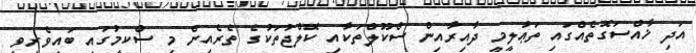
އަދި ޚާއްސަގޮތެއްގައި ތަޢުލީމީ ދާއިރާއިން ސްކޫލްތަކާއި ކޮލްޖުތަކުގެ ތެރެއިން މި ސްކީމުގައި ބައިވެރިވި